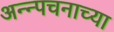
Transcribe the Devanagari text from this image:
अन्न्पचनाच्या